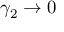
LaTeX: \gamma _ { 2 } \to 0